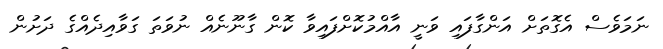
ނަމަވެސް އެގޮތަށް އަންގާފައި ވަނީ އާއްމުކޮށްފައިވާ ކޮން ގާނޫނެއް ނުވަތަ ގަވާއިދެއްގެ ދަށުން